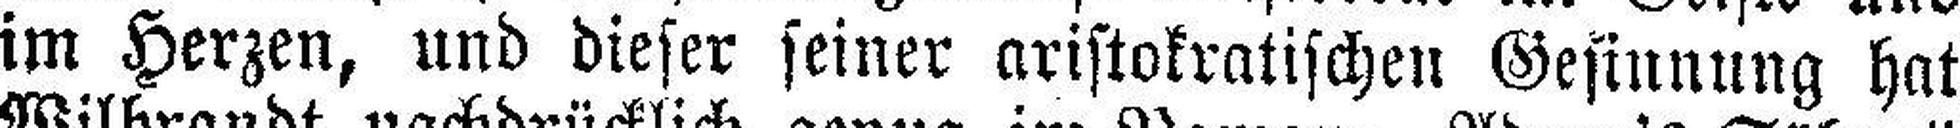
im Herzen, und dieser seiner aristokratischen Gesinnung hat